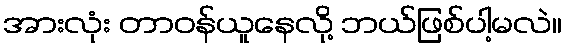
အားလုံး တာဝန်ယူနေလို့ ဘယ်ဖြစ်ပါ့မလဲ။